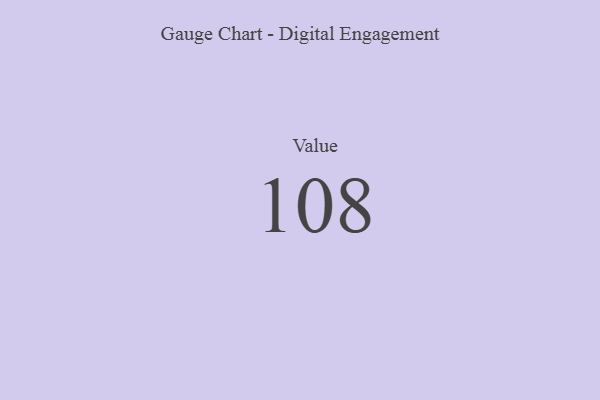
{"axis": {"x": "Metric", "y": "Value"}, "legend": [""], "data": [{"x": "Value", "y": 108, "type": ""}]}